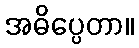
အဓိပ္ပေတာ။